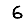
Digit: 6